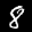
Label: 8